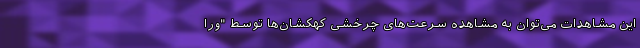
این مشاهدات می‌توان به مشاهده سرعت‌های چرخشی کهکشان‌ها توسط "ورا